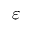
\varepsilon